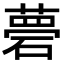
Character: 𥕗